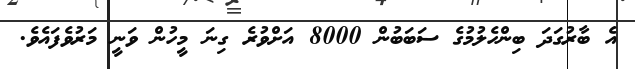
އެ ބާރުގަދަ ބިންހެލުމުގެ ސަބަބުން 8000 އަށްވުރެ ގިނަ މީހުން ވަނީ މަރުވެފައެވެ.